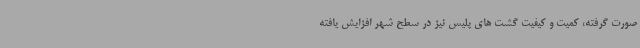
صورت گرفته، کمیت و کیفیت گشت های پلیس نیز در سطح شهر افزایش یافته